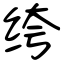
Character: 绔